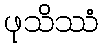
ဖုသိဿံ